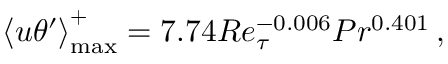
\left< u \theta ^ { \prime } \right> _ { \mathrm { m a x } } ^ { + } = 7 . 7 4 R e _ { \tau } ^ { - 0 . 0 0 6 } P r ^ { 0 . 4 0 1 } \, ,